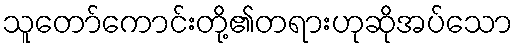
သူတော်ကောင်းတို့၏တရားဟုဆိုအပ်သော